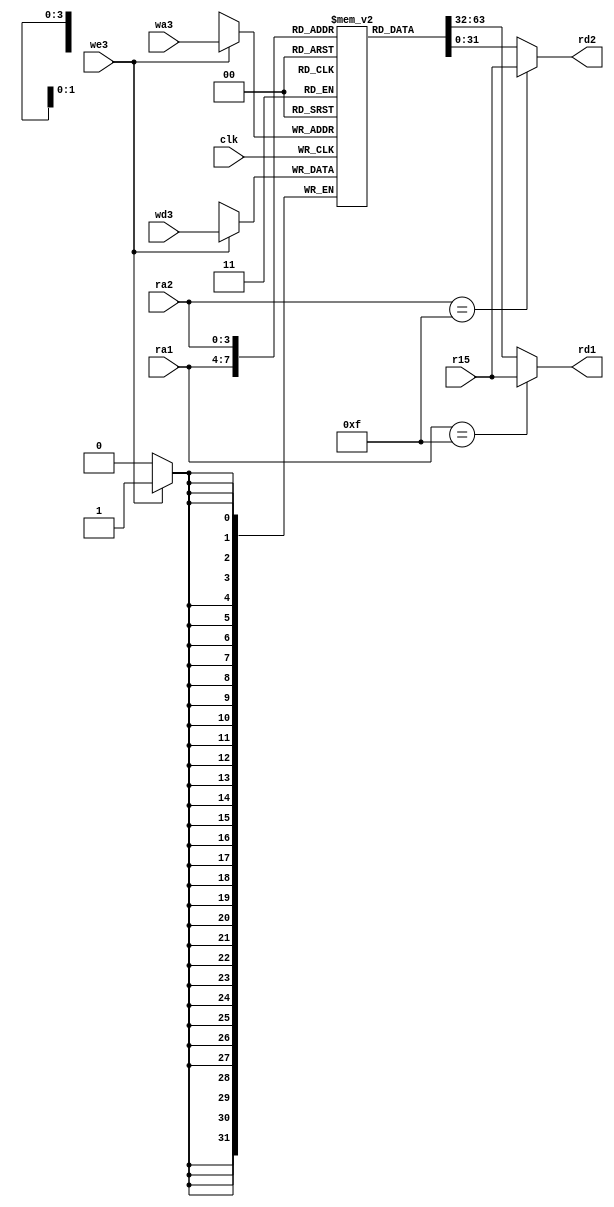
module regfile (
	clk,
	we3,
	ra1,
	ra2,
	wa3,
	wd3,
	r15,
	rd1,
	rd2
);
	integer i;
	input wire clk;
	input wire we3;
	input wire [3:0] ra1;
	input wire [3:0] ra2;
	input wire [3:0] wa3;
	input wire [31:0] wd3;
	input wire [31:0] r15;
	output wire [31:0] rd1;
	output wire [31:0] rd2;
	reg [31:0] rf [14:0];
	always @(posedge clk)
		if (we3) begin
			rf[wa3] <= wd3;
		end
	assign rd1 = (ra1 == 4'b1111 ? r15 : rf[ra1]);
	assign rd2 = (ra2 == 4'b1111 ? r15 : rf[ra2]);
endmodule